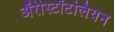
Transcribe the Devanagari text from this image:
ॲरीस्टॉटलियन